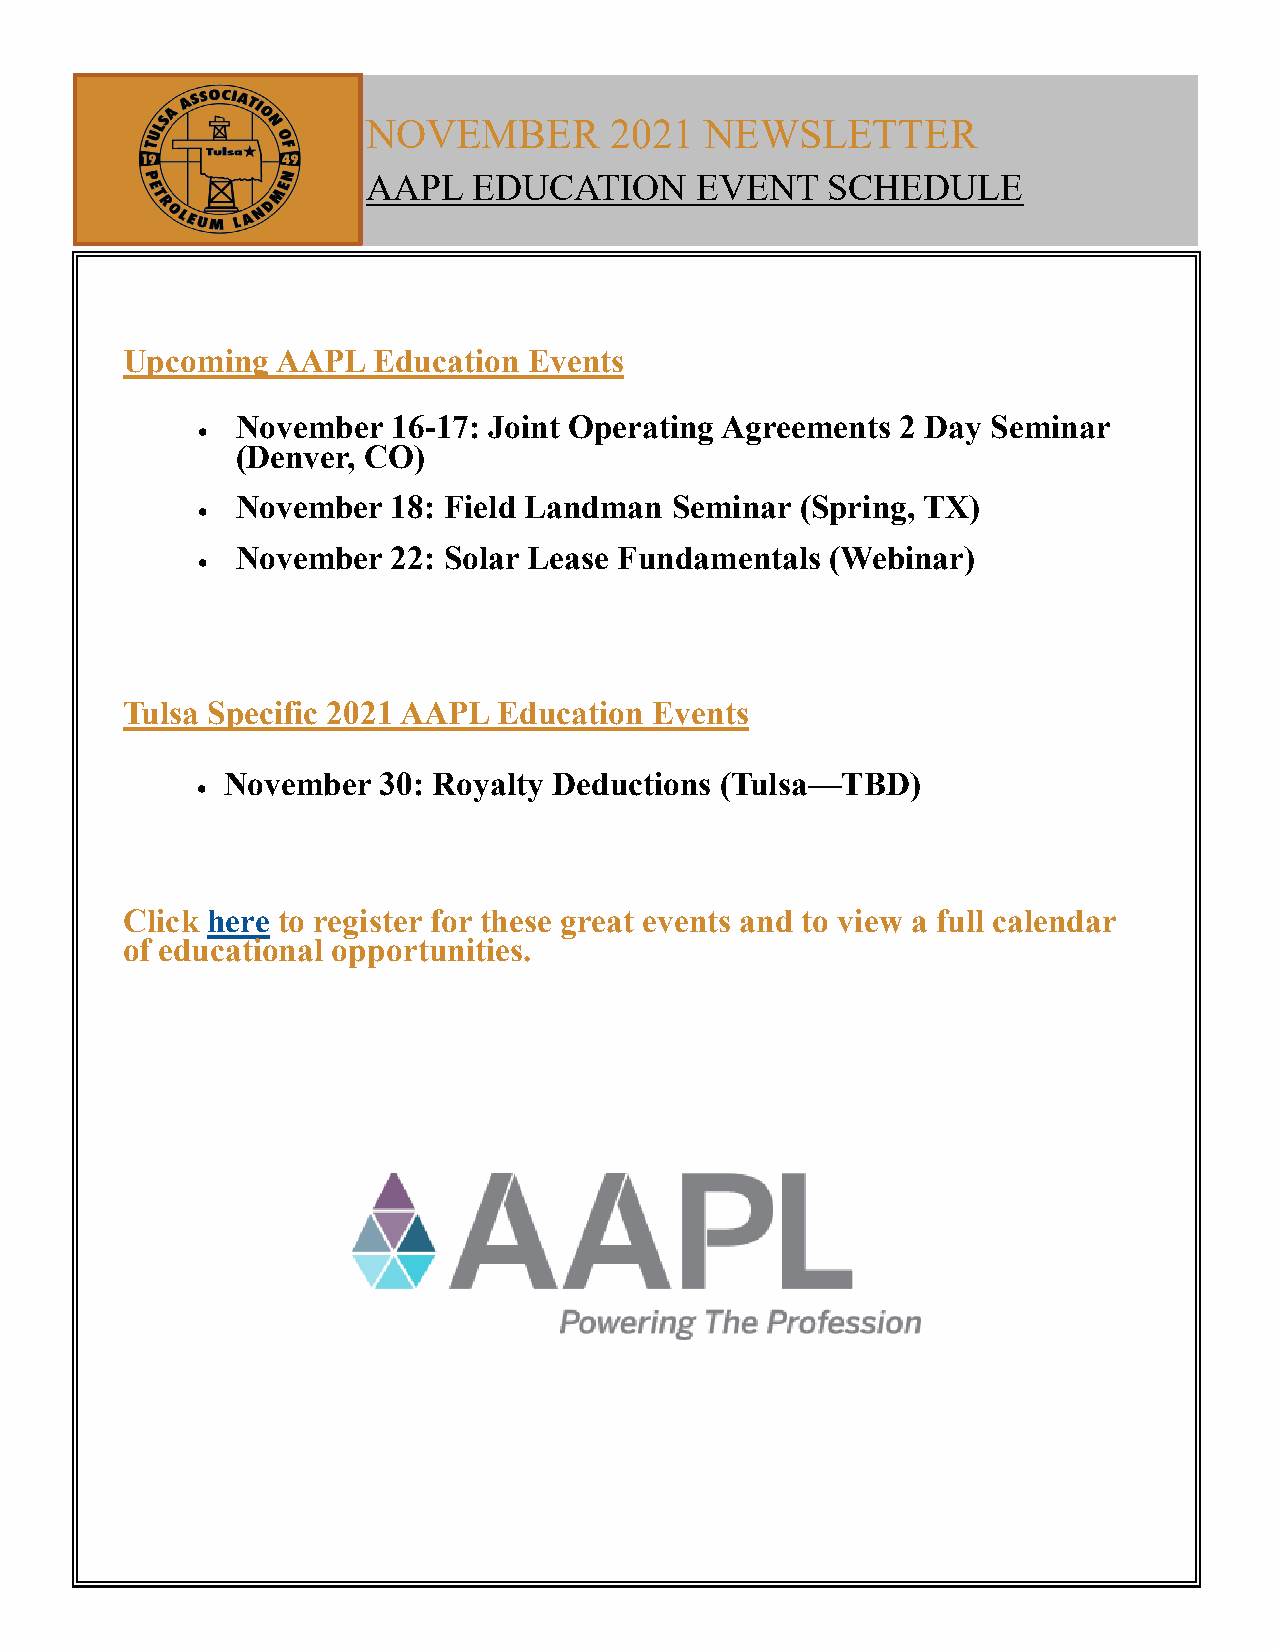
NOVEMBER        2021   NEWSLETTER
 AAPL   EDUCATION      EVENT    SCHEDULE
 Upcoming  AAPL   Education Events
 November  16-17: Joint Operating Agreements 2 Day Seminar
 •
 (Denver, CO)
 November  18: Field Landman Seminar  (Spring, TX)
 •
 November  22: Solar Lease Fundamentals (Webinar)
 •
 Tulsa Specific 2021 AAPL Education Events
 November  30: Royalty Deductions (Tulsa—TBD)
 •
 Click here to register for these great events and to view a full calendar
 of educational opportunities.